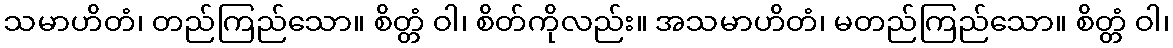
သမာဟိတံ၊ တည်ကြည်သော။ စိတ္တံ ဝါ၊ စိတ်ကိုလည်း။ အသမာဟိတံ၊ မတည်ကြည်သော။ စိတ္တံ ဝါ၊